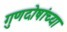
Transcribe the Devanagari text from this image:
गुणदोषांच्या